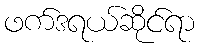
ဖက်ဒရယ်ဆိုင်ရာ